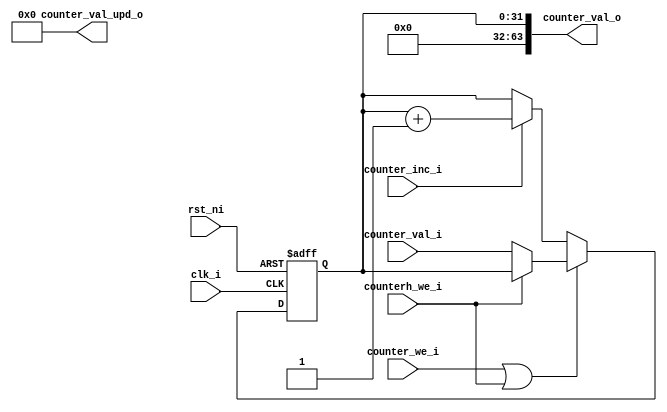
// Copyright lowRISC contributors.
// Licensed under the Apache License, Version 2.0, see LICENSE for details.
// SPDX-License-Identifier: Apache-2.0
module ibex_counter (
	clk_i,
	rst_ni,
	counter_inc_i,
	counterh_we_i,
	counter_we_i,
	counter_val_i,
	counter_val_o,
	counter_val_upd_o
);
	parameter signed [31:0] CounterWidth = 32;
	parameter [0:0] ProvideValUpd = 0;
	input wire clk_i;
	input wire rst_ni;
	input wire counter_inc_i;
	input wire counterh_we_i;
	input wire counter_we_i;
	input wire [31:0] counter_val_i;
	output wire [63:0] counter_val_o;
	output wire [63:0] counter_val_upd_o;
	wire [63:0] counter;
	wire [CounterWidth - 1:0] counter_upd;
	reg [63:0] counter_load;
	reg we;
	reg [CounterWidth - 1:0] counter_d;
	assign counter_upd = counter[CounterWidth - 1:0] + {{CounterWidth - 1 {1'b0}}, 1'b1};
	always @(*) begin
		we = counter_we_i | counterh_we_i;
		counter_load[63:32] = counter[63:32];
		counter_load[31:0] = counter_val_i;
		if (counterh_we_i) begin
			counter_load[63:32] = counter_val_i;
			counter_load[31:0] = counter[31:0];
		end
		if (we)
			counter_d = counter_load[CounterWidth - 1:0];
		else if (counter_inc_i)
			counter_d = counter_upd[CounterWidth - 1:0];
		else
			counter_d = counter[CounterWidth - 1:0];
	end
	reg [CounterWidth - 1:0] counter_q;
	always @(posedge clk_i or negedge rst_ni)
		if (!rst_ni)
			counter_q <= 1'sb0;
		else
			counter_q <= counter_d;
	generate
		if (CounterWidth < 64) begin : g_counter_narrow
			wire [63:CounterWidth] unused_counter_load;
			assign counter[CounterWidth - 1:0] = counter_q;
			assign counter[63:CounterWidth] = 1'sb0;
			if (ProvideValUpd) begin : g_counter_val_upd_o
				assign counter_val_upd_o[CounterWidth - 1:0] = counter_upd;
			end
			else begin : g_no_counter_val_upd_o
				assign counter_val_upd_o[CounterWidth - 1:0] = 1'sb0;
			end
			assign counter_val_upd_o[63:CounterWidth] = 1'sb0;
			assign unused_counter_load = counter_load[63:CounterWidth];
		end
		else begin : g_counter_full
			assign counter = counter_q;
			if (ProvideValUpd) begin : g_counter_val_upd_o
				assign counter_val_upd_o = counter_upd;
			end
			else begin : g_no_counter_val_upd_o
				assign counter_val_upd_o = 1'sb0;
			end
		end
	endgenerate
	assign counter_val_o = counter;
endmodule